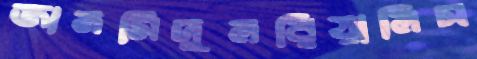
জামসিদুলরিয়ালিস